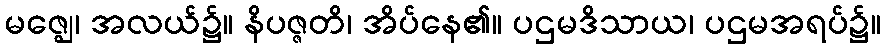
မဇ္ဈေ၊ အလယ်၌။ နိပဇ္ဇတိ၊ အိပ်နေ၏။ ပဌမဒိသာယ၊ ပဌမအရပ်၌။